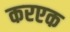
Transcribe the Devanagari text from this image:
करएक